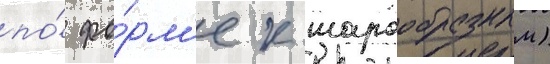
по́ фо́рм'е к шарообразным)